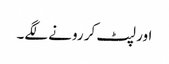
اور لپٹ کر رونے لگے۔